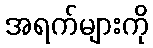
အရက်များကို